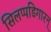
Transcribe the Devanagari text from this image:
सिलप्पडिगारन्